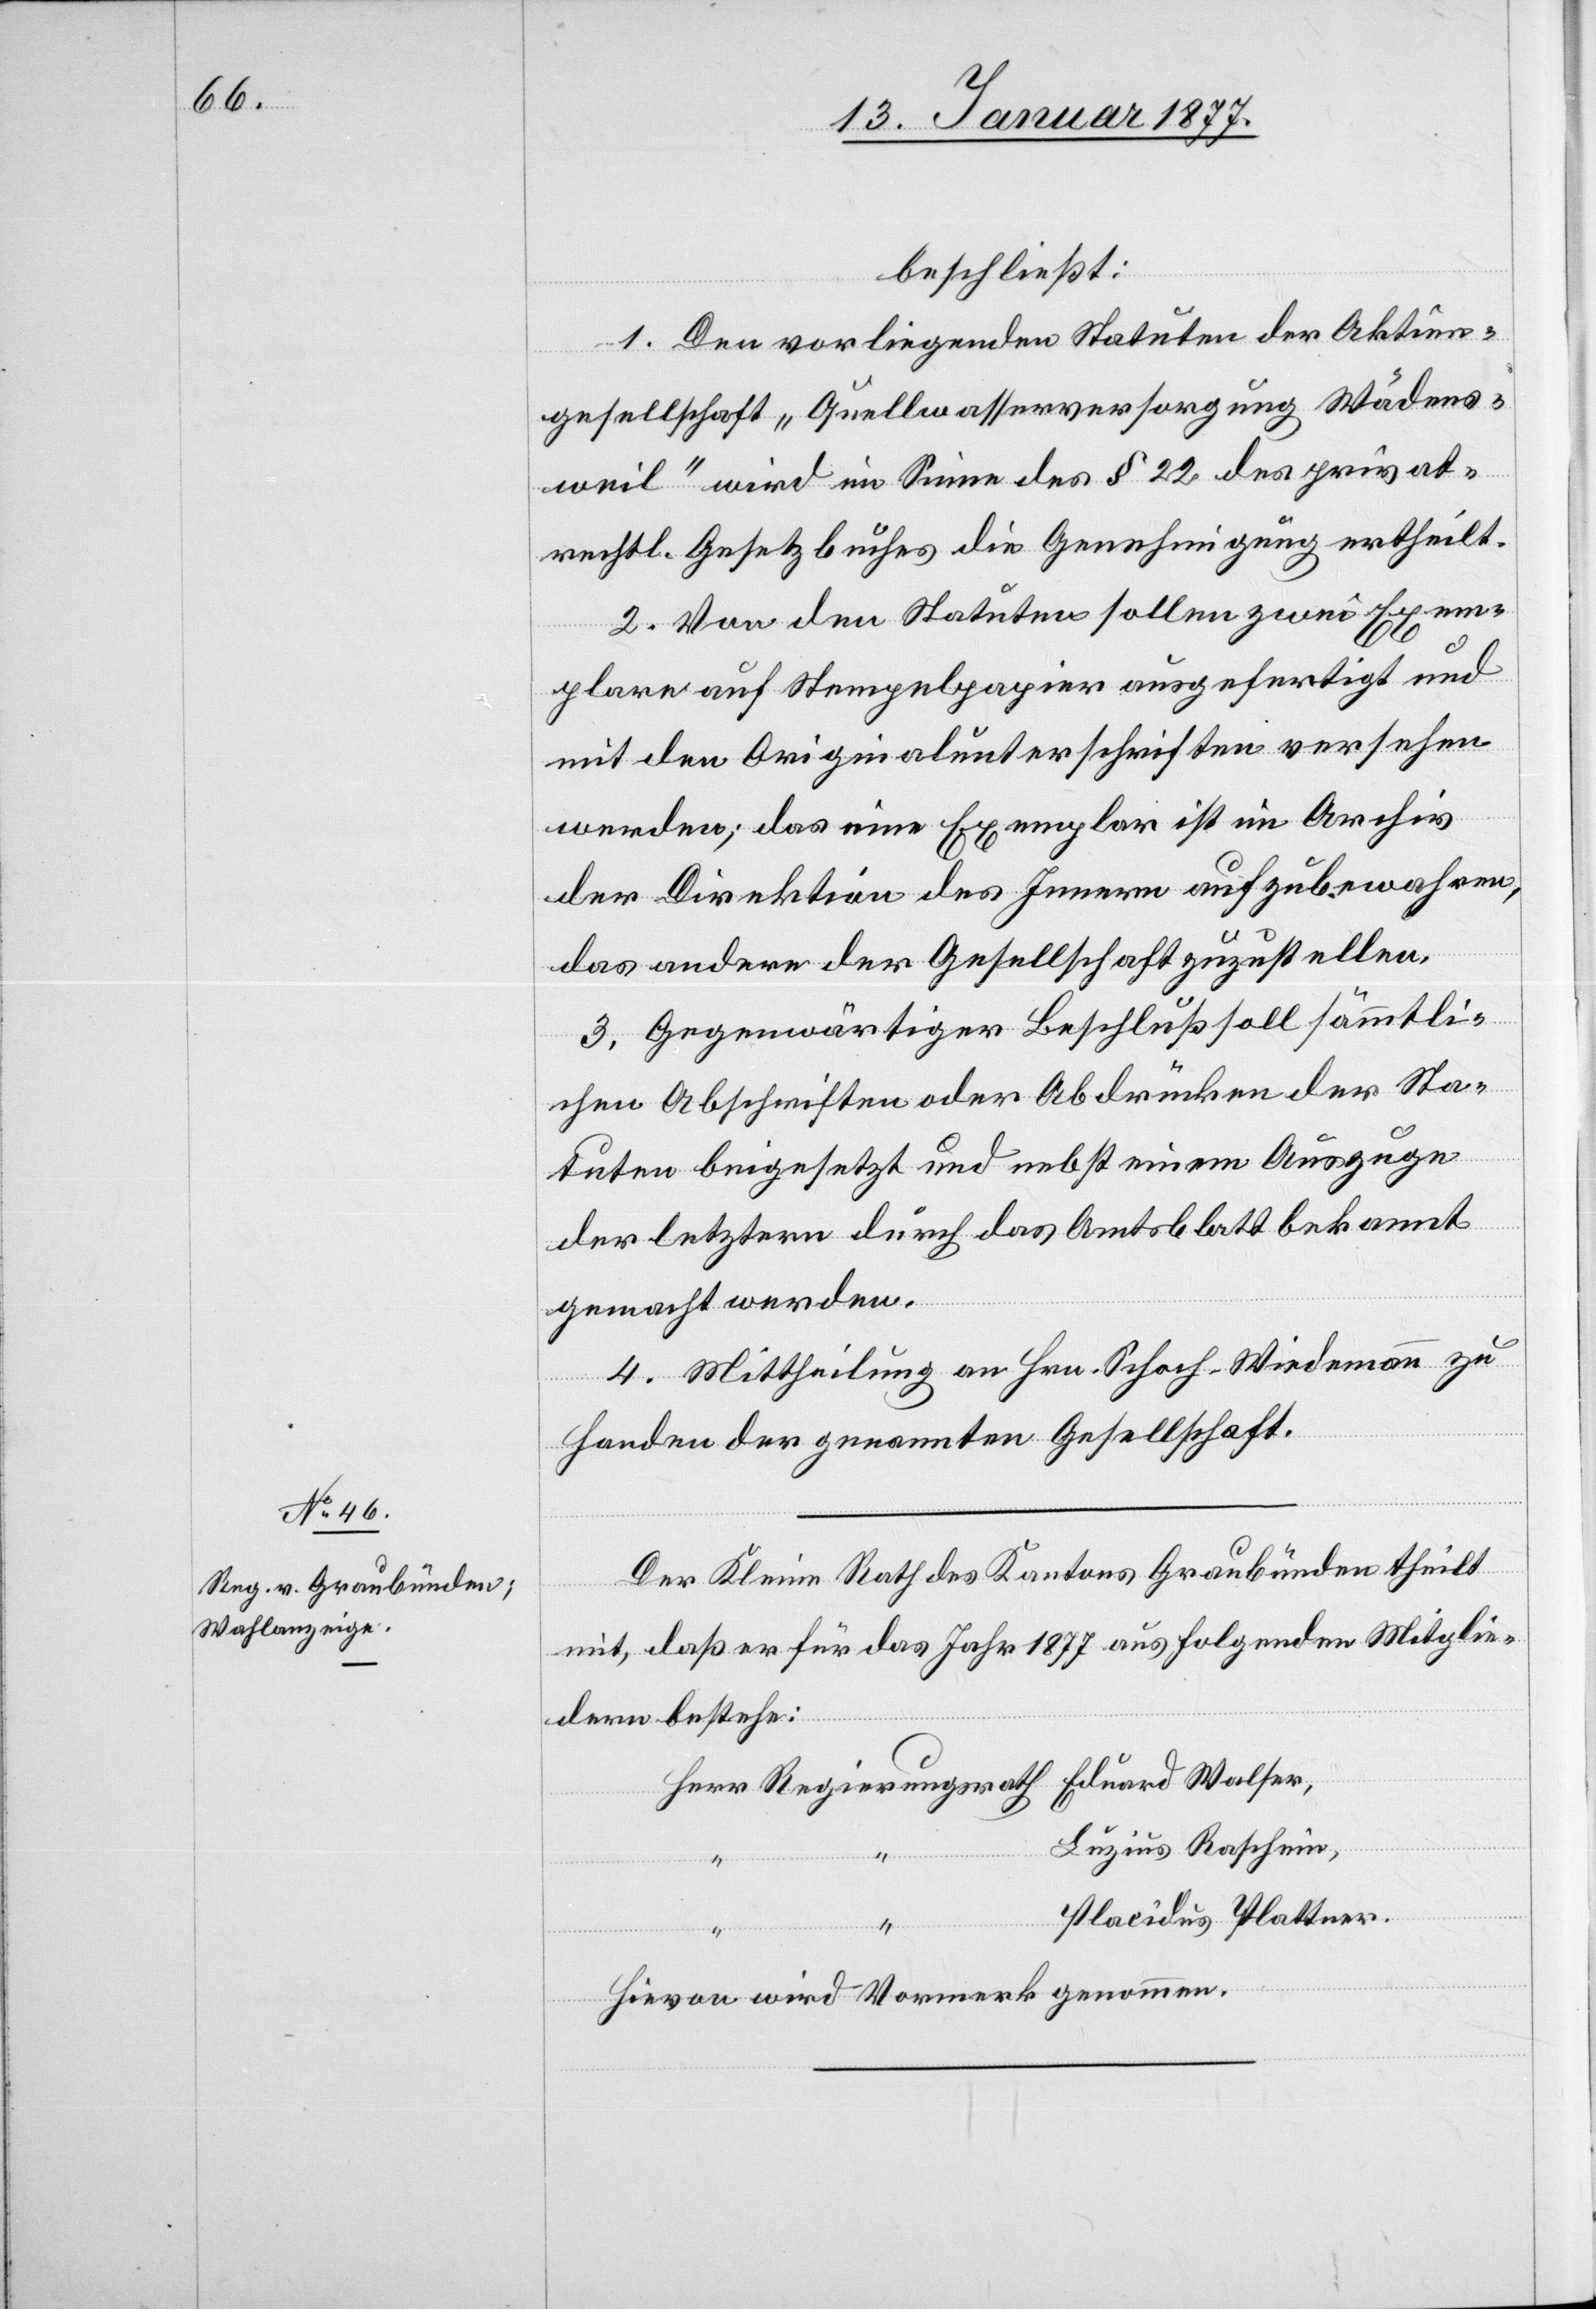
beschließt:
1. Den vorliegenden Statuten der Aktien¬
gesellschaft „Quellwasserversorgung Wädens¬
weil“ wird im Sinne des § 22 des privat¬
rechtl. Gesetzbuches die Genehmigung ertheilt.
2. Von den Statuten sollen zwei Exem¬
plare auf Stempelpapier ausgefertigt und
mit den Originalunterschriften versehen
werden; das eine Exemplar ist im Archiv
der Direktion des Innern aufzubewahren,
das andere der Gesellschaft zuzustellen.
3. Gegenwärtiger Beschluß soll sämmtli¬
chen Abschriften oder Abdrücken der Sta¬
“
tuten beigesetzt und nebst einem Auszuge
der letztern durch das Amtsblatt bekannt
gemacht werden.
4. Mittheilung an Hrn. Schoch-Weidemann zu
Handen der genannten Gesellschaft.
Der Kleine Rath des Kantons Graubünden theilt
mit, daß er für das Jahr 1877 aus folgenden Mitglie¬
dern bestehe:
Luzius Raschein,
“
Placidus Plattner.
Hievon wird Vormerk genommen.